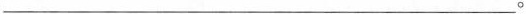
___。